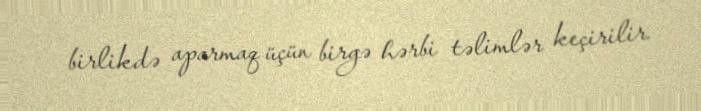
birlikdə aparmaq üçün birgə hərbi təlimlər keçirilir.